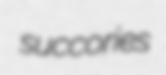
succories